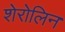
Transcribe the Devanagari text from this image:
शेरोलिन